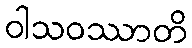
ဝါသဝဿာတိ